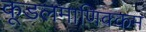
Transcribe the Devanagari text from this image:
कूडलमाणिक्कम